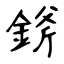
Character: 𨨞